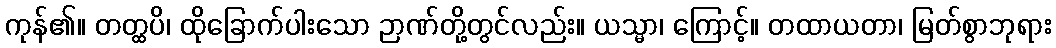
ကုန်၏။ တတ္ထပိ၊ ထိုခြောက်ပါးသော ဉာဏ်တို့တွင်လည်း။ ယသ္မာ၊ ကြောင့်။ တထာယတာ၊ မြတ်စွာဘုရား